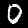
Label: 0